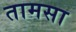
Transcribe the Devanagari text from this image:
तामसा